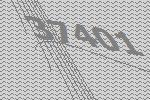
37401